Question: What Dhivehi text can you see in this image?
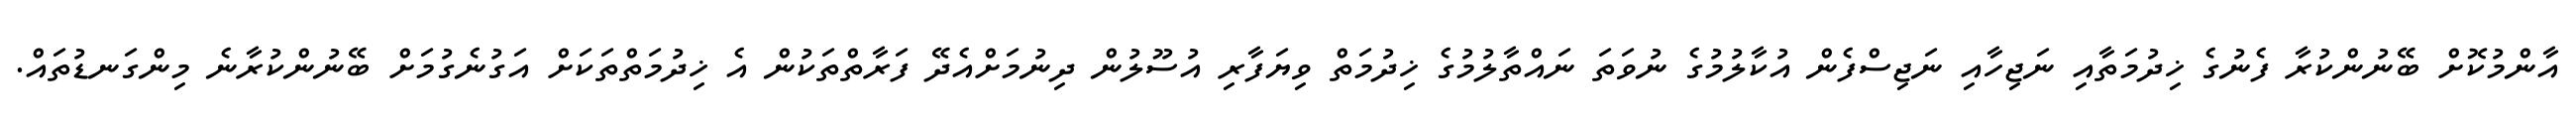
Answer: އާންމުކޮށް ބޭނުންކުރާ ފެނުގެ ޚިދުމަތާއި ނަޖިހާއި ނަޖިސްފެން އުކާލުމުގެ ނުވަތަ ނައްތާލުމުގެ ޚިދުމަތް ވިޔަފާރި އުސޫލުން ދިނުމަށްއެދޭ ފަރާތްތަކުން އެ ޚިދުމަތްތަކަށް އަގުނެގުމަށް ބޭނުންކުރާނެ މިންގަނޑުތައް.